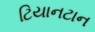
ટિયાનટાન